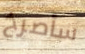
سأصرخ